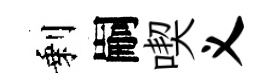
剩嗣喫义